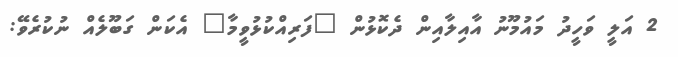
2 އަލީ ވަހީދު މައުމޫނު އާއިލާއިން ދެކޮޅުން "ފަރިއްކުޅުވީމާ" އެކަން ގަބޫލެއް ނުކުރެވޭ: